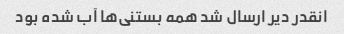
انقدر دیر ارسال شد همه بستنی‌ها آب شده بود